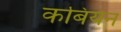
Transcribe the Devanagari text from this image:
कबियन